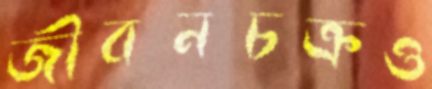
জীবনচক্রও